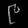
Digit: ၉